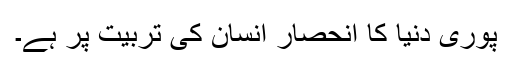
پوری دنیا کا انحصار انسان کی تربیّت پر ہے۔